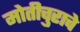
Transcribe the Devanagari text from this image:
मोतीचुराचे